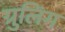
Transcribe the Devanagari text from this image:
ग्रुलिंग